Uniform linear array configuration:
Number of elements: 12
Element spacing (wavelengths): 0.75
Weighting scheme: uniform
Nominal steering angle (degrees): -45
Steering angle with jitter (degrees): -43.485
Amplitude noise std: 0.05
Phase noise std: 0.05

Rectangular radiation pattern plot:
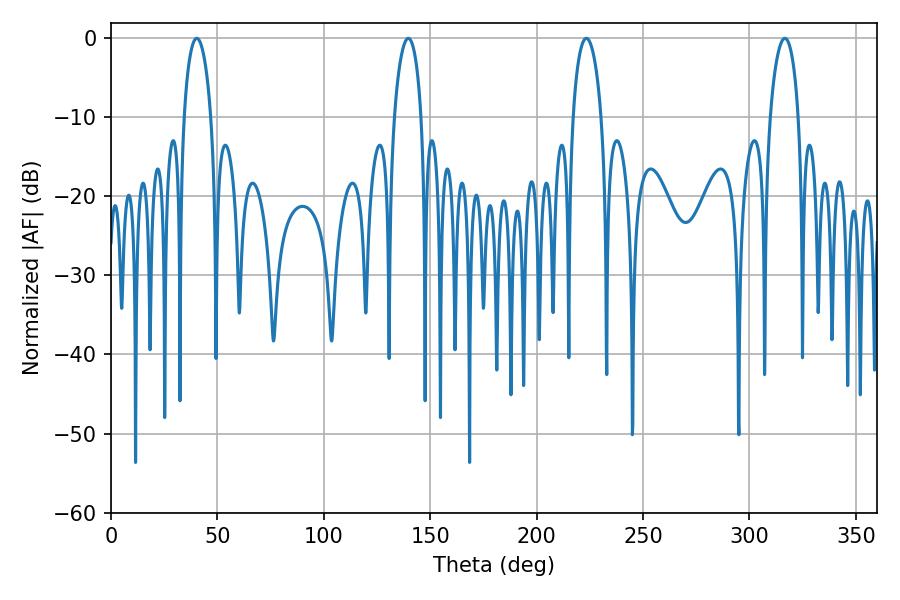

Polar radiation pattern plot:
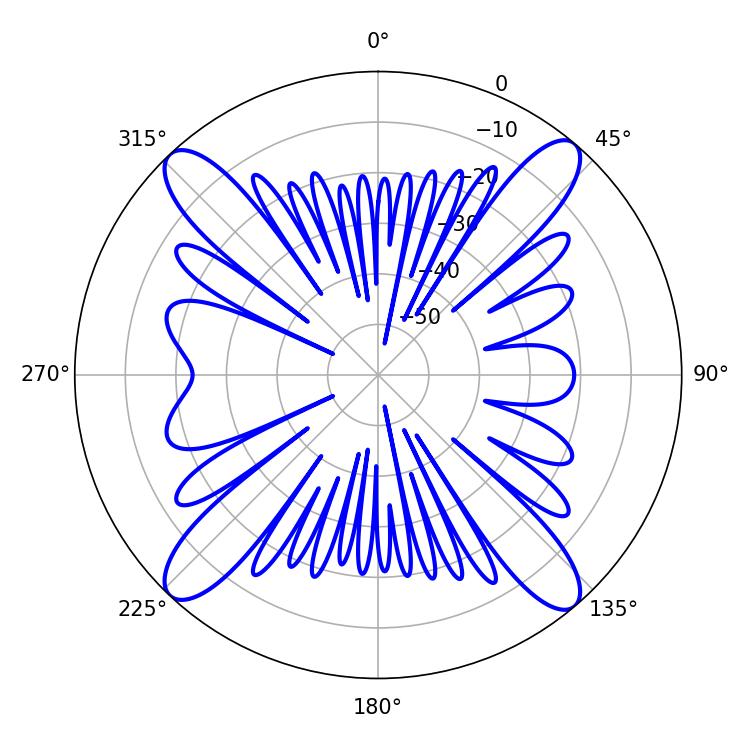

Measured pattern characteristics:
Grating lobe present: TRUE
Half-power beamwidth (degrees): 7.38
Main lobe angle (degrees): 40.32